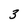
Character: 3